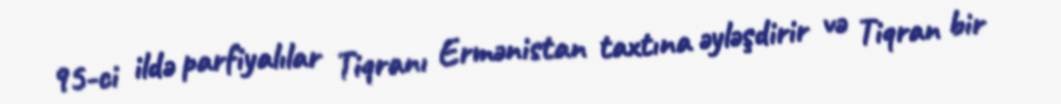
95-ci ildə parfiyalılar Tiqranı Ermənistan taxtına əyləşdirir və Tiqran bir